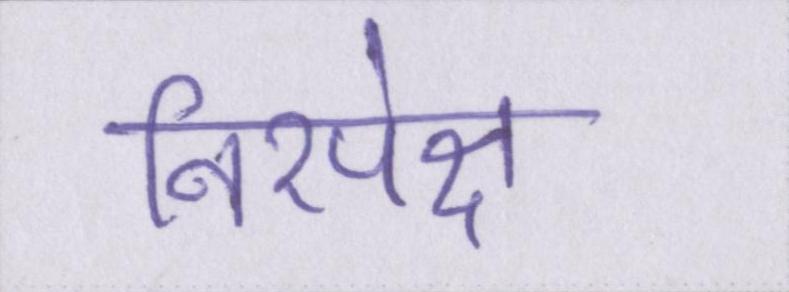
निरपेक्ष